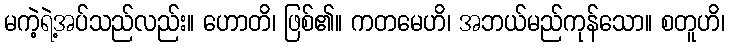
မကဲ့ရဲ့အပ်သည်လည်း။ ဟောတိ၊ ဖြစ်၏။ ကတမေဟိ၊ အဘယ်မည်ကုန်သော။ စတူဟိ၊